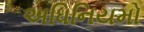
અધિનિયમો